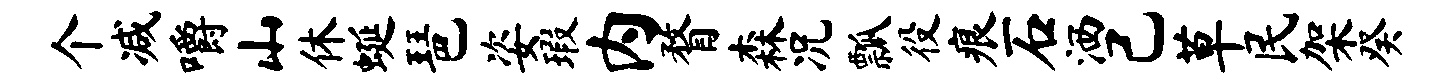
个减嚼山休蜒琶姿瑕内瞀森况瓢役痕石洒己草民架癸